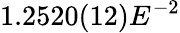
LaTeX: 1.2520(12)E^{-2}